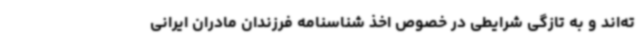
ته‌اند و به تازگی شرایطی در خصوص اخذ شناسنامه فرزندان مادران ایرانی